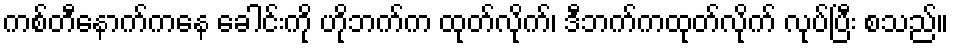
ကစ်တီနောက်ကနေ ခေါင်းကို ဟိုဘက်က ထုတ်လိုက်၊ ဒီဘက်ကထုတ်လိုက် လုပ်ပြီး စသည်။